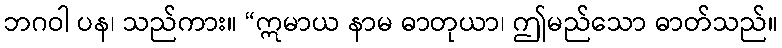
ဘဂဝါ ပန၊ သည်ကား။ “ဣမာယ နာမ ဓာတုယာ၊ ဤမည်သော ဓာတ်သည်။